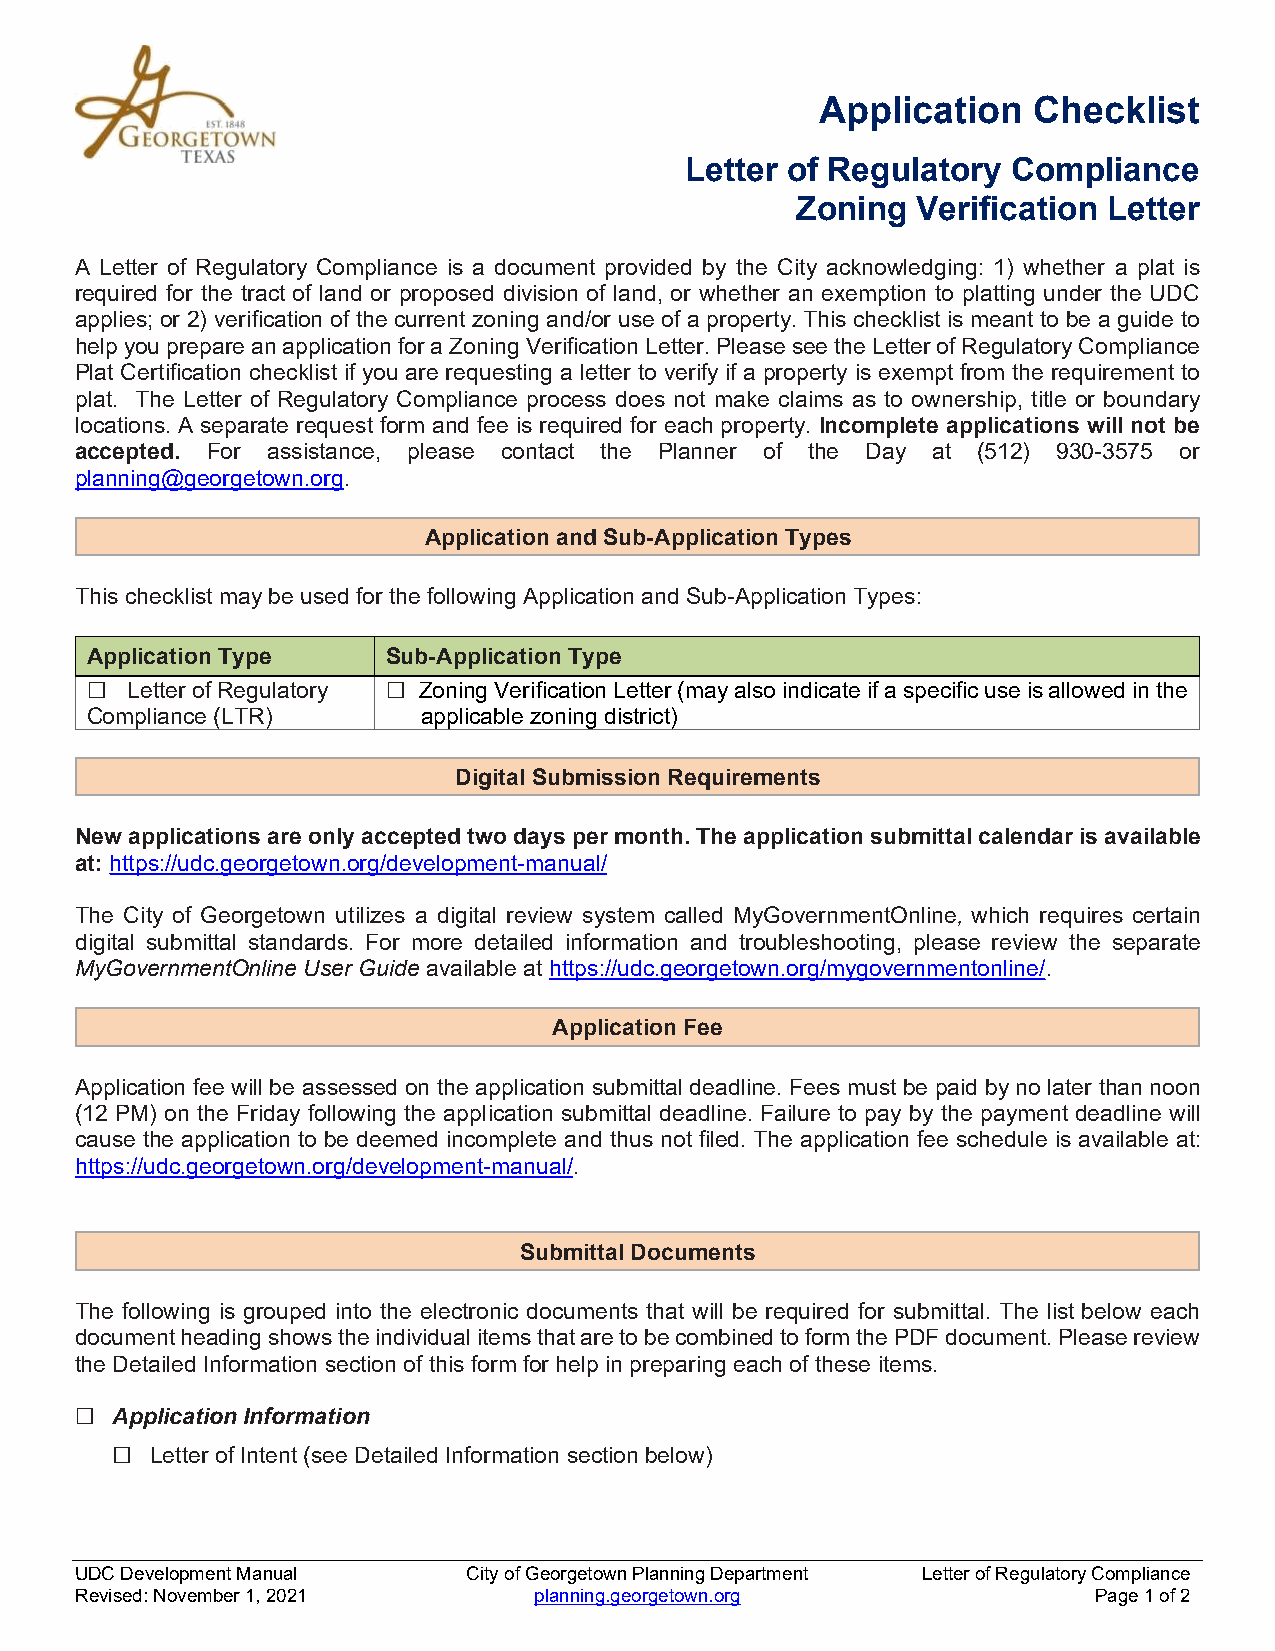
Application   Checklist
 Letter of Regulatory  Compliance
 Zoning  Verification Letter
 A Letter of Regulatory Compliance is a document provided by the City acknowledging: 1) whether a plat is
 required for the tract of land or proposed division of land, or whether an exemption to platting under the UDC
 applies; or 2) verification of the current zoning and/or use of a property. This checklist is meant to be a guide to
 help you prepare an application for a Zoning Verification Letter. Please see the Letter of Regulatory Compliance
 Plat Certification checklist if you are requesting a letter to verify if a property is exempt from the requirement to
 plat. The Letter of Regulatory Compliance process does not make claims as to ownership, title or boundary
 locations. A separate request form and fee is required for each property. Incomplete applications will not be
 accepted. For assistance, please contact the Planner of the Day at (512) 930-3575 or
 planning@georgetown.org.
 Application and Sub-Application Types
 This checklist may be used for the following Application and Sub-Application Types:
 Application Type    Sub-Application Type
 ☐ Letter of Regulatory ☐ Zoning Verification Letter (may also indicate if a specific use is allowed in the
 Compliance (LTR)      applicable zoning district)
 Digital Submission Requirements
 New applications are only accepted two days per month. The application submittal calendar is available
 at: https://udc.georgetown.org/development-manual/
 The City of Georgetown utilizes a digital review system called MyGovernmentOnline, which requires certain
 digital submittal standards. For more detailed information and troubleshooting, please review the separate
 MyGovernmentOnline User Guide available at https://udc.georgetown.org/mygovernmentonline/.
 Application Fee
 Application fee will be assessed on the application submittal deadline. Fees must be paid by no later than noon
 (12 PM) on the Friday following the application submittal deadline. Failure to pay by the payment deadline will
 cause the application to be deemed incomplete and thus not filed. The application fee schedule is available at:
 https://udc.georgetown.org/development-manual/.
 Submittal Documents
 The following is grouped into the electronic documents that will be required for submittal. The list below each
 document heading shows the individual items that are to be combined to form the PDF document. Please review
 the Detailed Information section of this form for help in preparing each of these items.
 ☐ Application Information
 □  Letter of Intent (see Detailed Information section below)
 UDC Development Manual    City of Georgetown Planning Department Letter of Regulatory Compliance
 Revised: November 1, 2021     planning.georgetown.org              Page 1 of 2